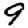
Digit: 9